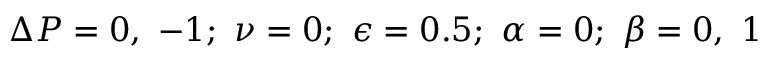
\Delta P = 0 , ~ - 1 ; ~ \nu = 0 ; ~ \epsilon = 0 . 5 ; ~ \alpha = 0 ; ~ \beta = 0 , ~ 1